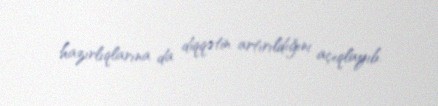
hazırlıqlarına da diqqətin artırıldığını açıqlayıb.